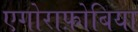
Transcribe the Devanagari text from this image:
एगोराफ़ोबिया